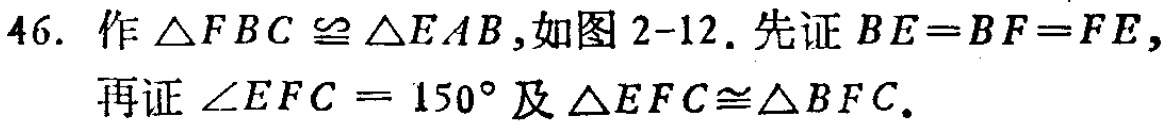
46. 作\(\triangle FBC\cong\triangle EAB\),如图2 - 12. 先证\(BE = BF = FE\),再证\(\angle EFC = 150^{\circ}\)及\(\triangle EFC\cong\triangle BFC\).